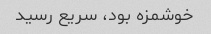
خوشمزه بود، سریع رسید